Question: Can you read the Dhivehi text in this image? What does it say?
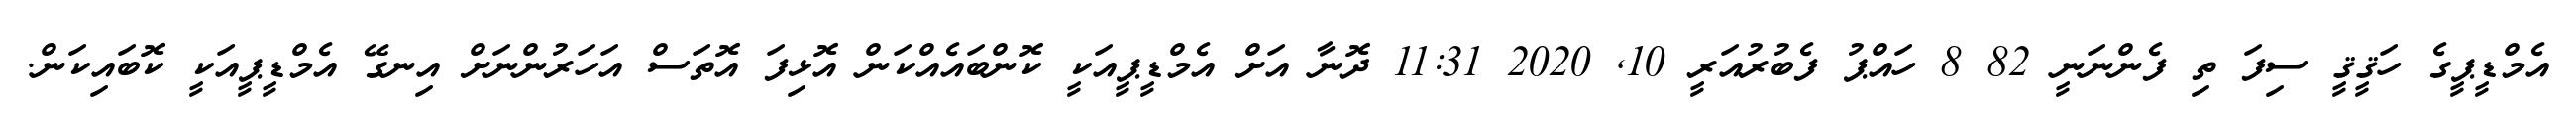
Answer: އެމްޑީޕީގެ ހަޤީޤީ ސިފަ ތި ފެންނަނީ 82 8 ހައްޕު ފެބުރުއަރީ 10, 2020 11:31 ދޮނާ އަށް އެމްޑީޕީއަކީ ކޮންބައެއްކަން އޮޅިފަ އޮތަސް އަހަރުންނަށް އިނގޭ އެމްޑީޕީއަކީ ކޮބައިކަން.